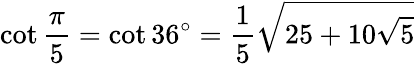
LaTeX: \cot{\frac{\pi}{5}}=\cot 36^{\circ}={\frac{1}{5}}{\sqrt{25+10{\sqrt{5}}}}